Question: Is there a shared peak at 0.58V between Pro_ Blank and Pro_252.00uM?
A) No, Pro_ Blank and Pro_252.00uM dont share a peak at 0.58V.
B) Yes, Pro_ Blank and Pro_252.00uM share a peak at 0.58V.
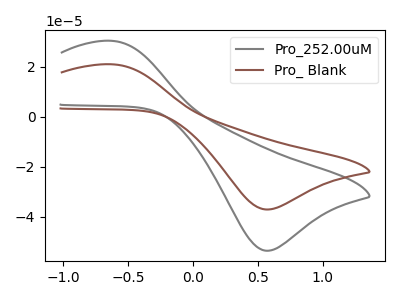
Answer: <think>The gray curve "Pro_252.00uM" has an anodic peak at (-0.60V, 30.45uA) and a cathodic peak at (0.60V, -53.60uA). The brown curve "Pro_ Blank" has an anodic peak at (-0.60V, 21.05uA) and a cathodic peak at (0.60V, -37.05uA).</think>
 <answer>B) Yes, "Pro_ Blank" and "Pro_252.00uM" share a peak at 0.58V.</answer>
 <eval>B</eval>